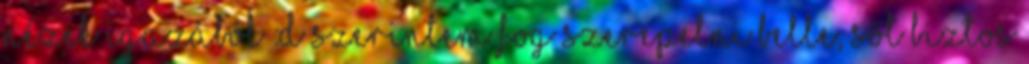
nézek igazából :D Szerintem fog szerepelni Belle, sőt biztos